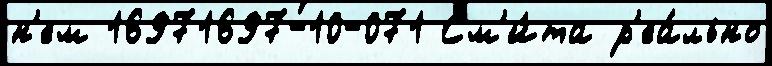
н'ем 16971697-10-071 См'и́та р'еа́льно